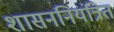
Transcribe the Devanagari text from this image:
शासननियंत्रित